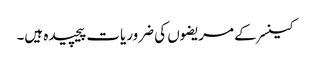
کینسر کے مریضوں کی ضروریات پیچیدہ ہیں۔